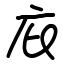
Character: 庇